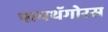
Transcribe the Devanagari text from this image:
पायथॅगोरस